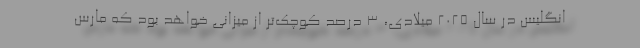
انگلیس در سال ۲۰۲۵ میلادی، ۳ درصد کوچک‌تر از میزانی خواهد بود که مارس